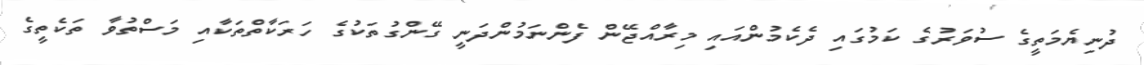
ދުނިޔެމަތީގެ ސުވަރުގެ ކަމުގައި ދެކެމުންއައި މިރާއްޖޭން ފެންނަމުންދަނީ ގޭންގުތަކުގެ ހަރަކާތްތަކާއި މަސްތުވާ ތަކެތީގެ